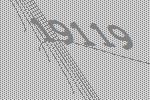
19119